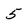
Character: 5